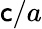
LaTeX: \mathsf{c}/a